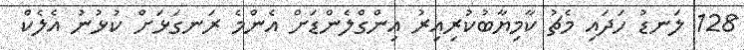
128 ލަނޑު ހަދައި މެޗު ކާމިޔާބުކުރިއިރު އިންގްލެންޑަށް އެންމެ ރަނގަޅަށް ކުޅުނު އެލެކް